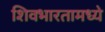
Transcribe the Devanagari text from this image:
शिवभारतामध्ये